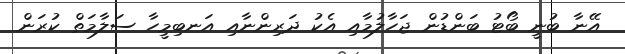
އޭނާ ބުނީ ބޯޓު ބަންޑުން ޖަހާލުމާއި އެކު ދަރިންނާއި އަނބިމީހާ ސަލާމަތް ކުރަން